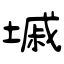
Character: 墄